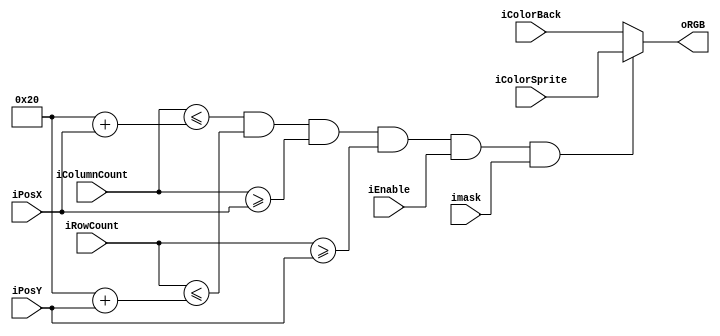
module Sprite_Controller # ( parameter SizeX= 32, parameter SizeY=32) (

	input wire [9:0] iColumnCount,
	input wire[9:0] iRowCount,
   input wire imask,
	input wire iEnable,
	input wire [9:0] iPosX,
	input wire [9:0] iPosY,
	input wire [2:0] iColorSprite,
	input wire [2:0] iColorBack ,
	output reg [2:0] oRGB
	
	);

	
	always @ (*)
		begin 
			if(iColumnCount <= SizeX + iPosX && iRowCount <= SizeY + iPosY  
			&& iColumnCount >= iPosX && iRowCount >= iPosY && iEnable == 1 && imask == 1 ) 
				begin
					 oRGB <= iColorSprite;
				end 
			else 
				begin 
					oRGB <= iColorBack;
				end	
		end  
endmodule